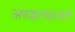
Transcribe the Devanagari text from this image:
अफझलखानाचे